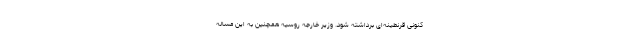
کنونی قرنطینه‌ای برداشته شود. وزیر خارجه روسیه همچنین به این مساله